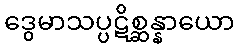
ဒွေမာသပ္ပဋိစ္ဆန္နာယော